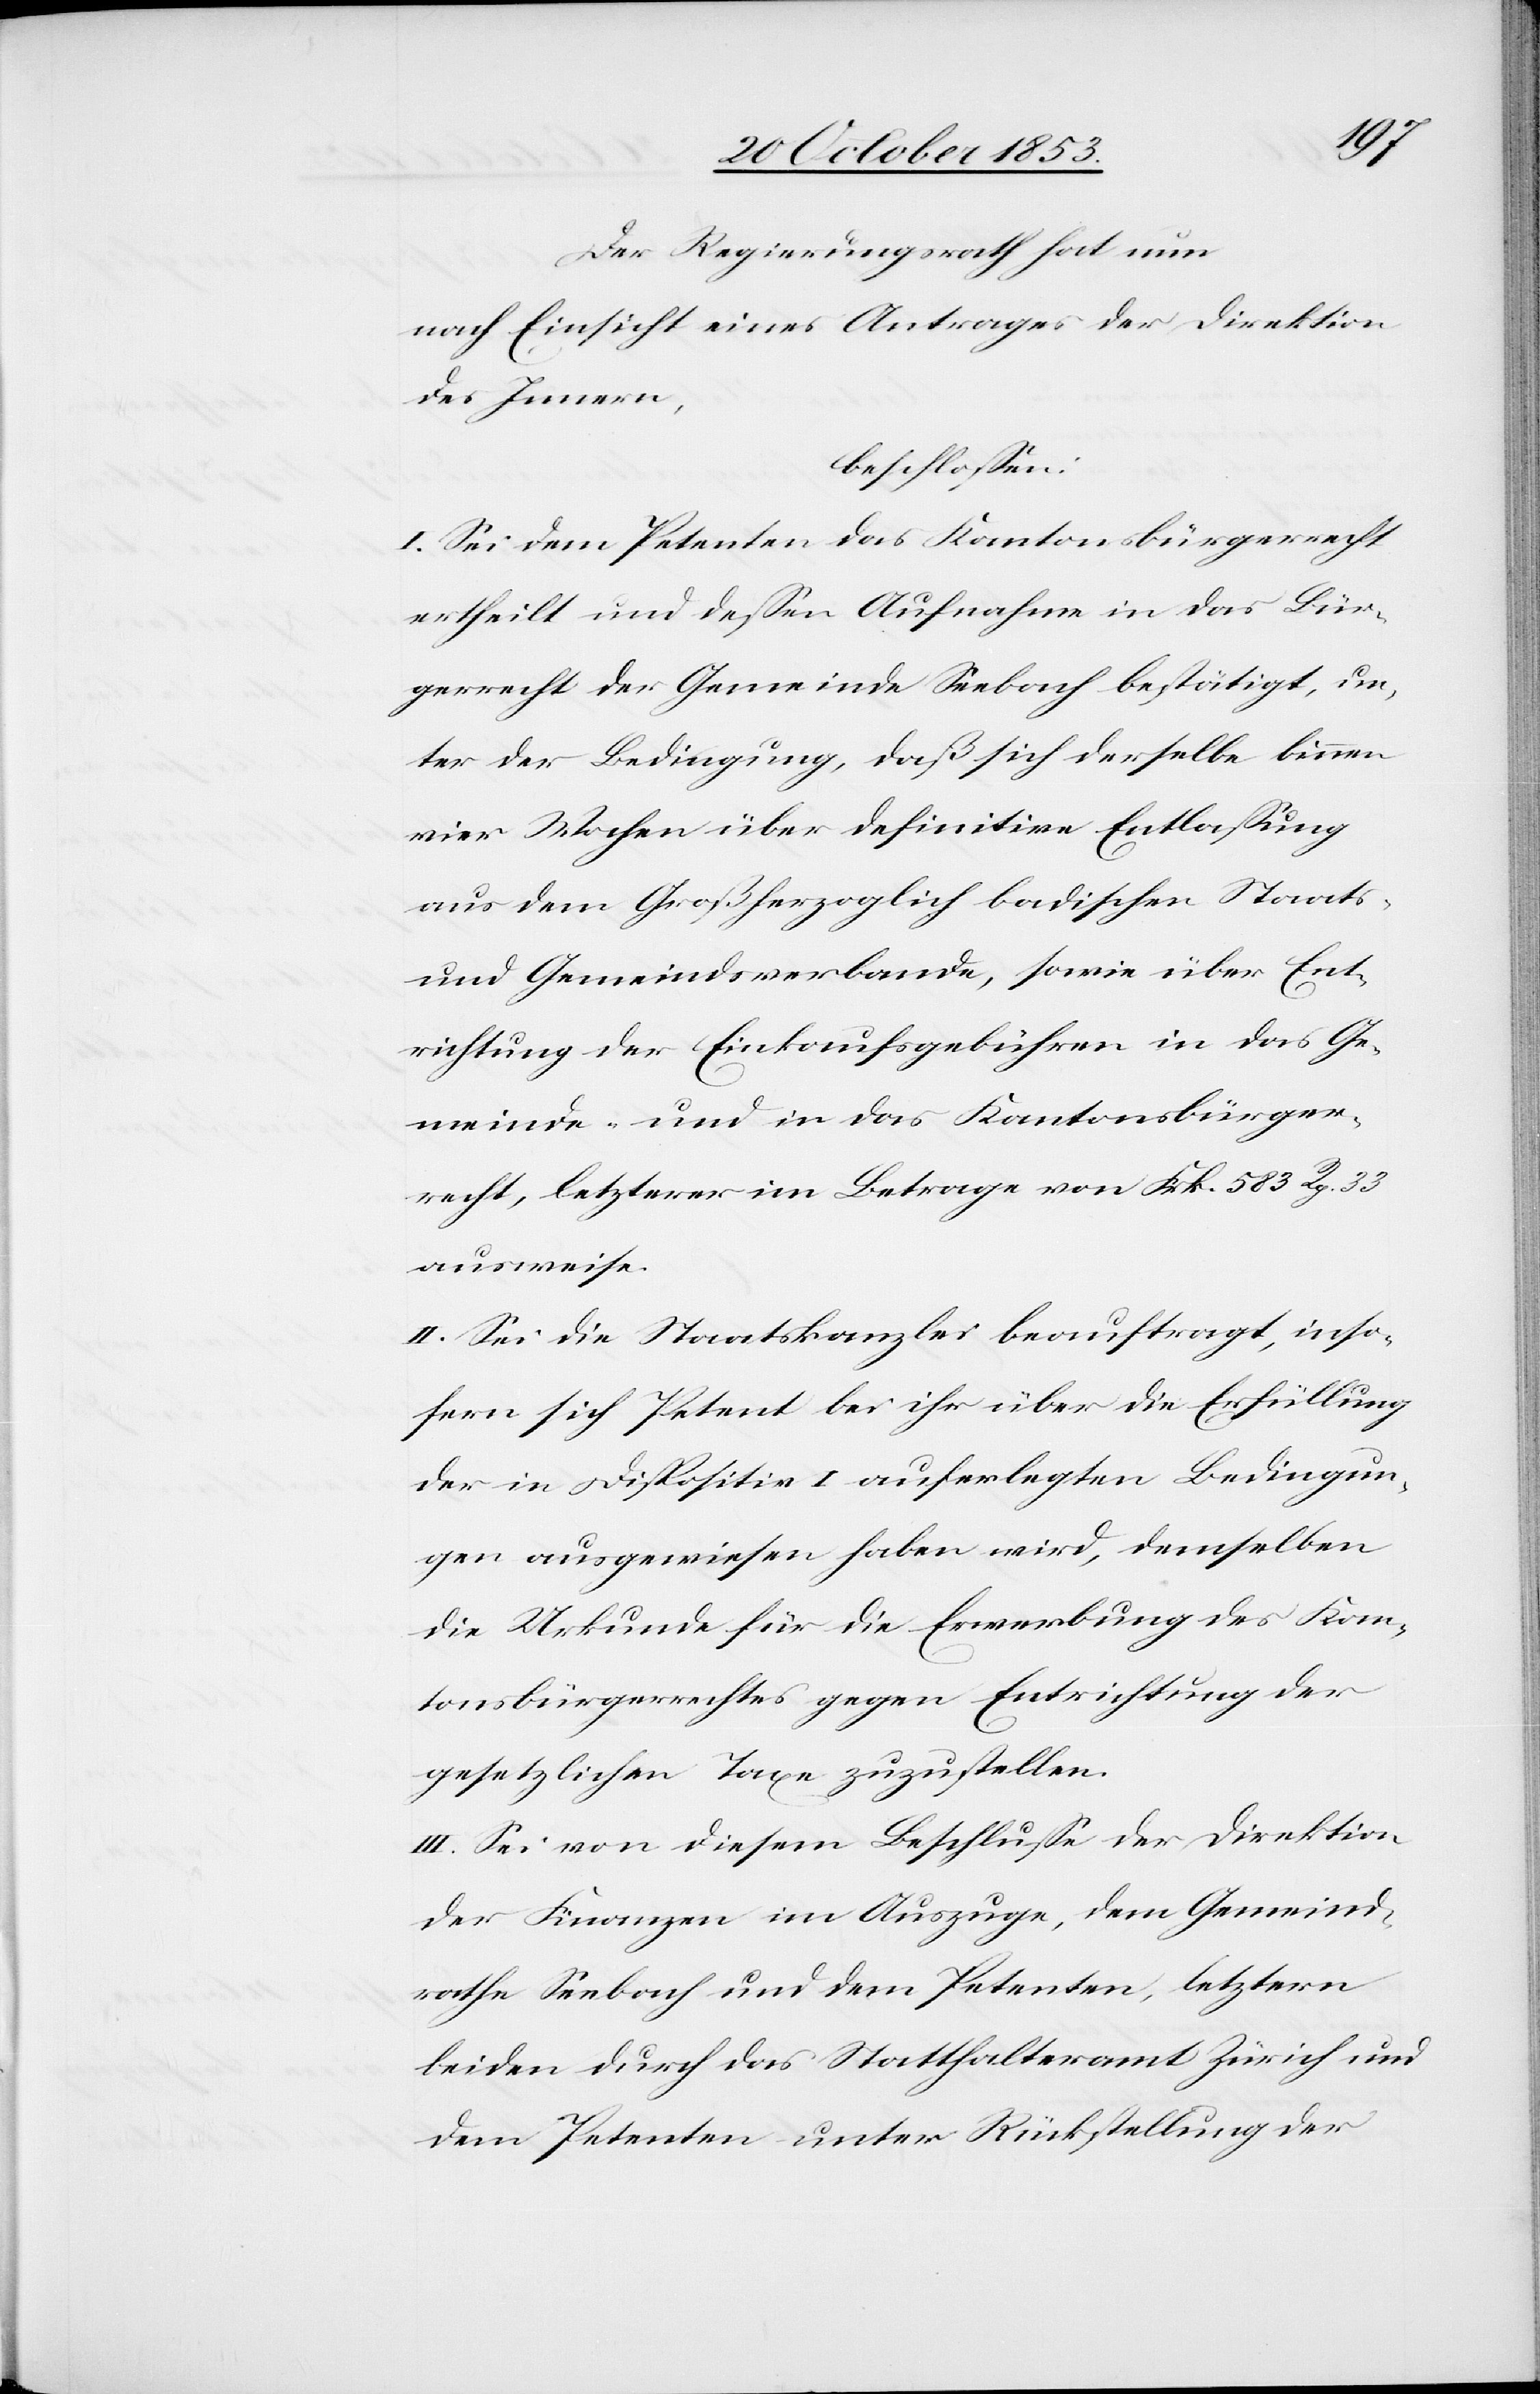
Der Regierungsrath hat nun
nach Einsicht eines Antrages der Direktion
des Innern,
beschloßen:
I. Sei dem Petenten das Kantonsbürgerrecht
ertheilt und deßen Aufnahme in das Bür¬
gerrecht der Gemeinde Seebach bestätigt, un¬
ter der Bedingung, daß sich derselbe binnen
vier Wochen über definitive Entlaßung
aus dem Großherzoglich badischen Staats-
und Gemeindsverbande, sowie über Ent¬
richtung der Einkaufsgebühren in das Ge¬
meinde- und in das Kantonsbürger¬
recht, letzterer im Betrag von Frk. 583 Rp. 33
ausweise.
II. Sei die Staatskanzlei beauftragt, inso¬
fern sich Petent bei ihr über die Erfüllung
der in Dispositiv I auferlegten Bedingun¬
gen ausgewiesen haben wird, demselben
die Urkunde für die Erwerbung des Kan¬
tonsbürgerrechtes gegen Entrichtung der
gesetzlichen Taxe zuzustellen.
III. Sei von diesem Beschluße der Direktion
der Finanzen im Auszuge, dem Gemeind¬
rathe Seebach und den Petenten, letztern
beiden durch das Statthalteramt Zürich und
dem Petenten unter Rückstellung der